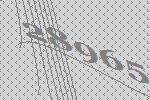
28965